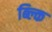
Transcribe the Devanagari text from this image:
ब्ल्कि